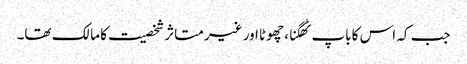
جب کہ اس کا باپ ٹھگنا، چھوٹا اور غیر متاثر شخصیت کا مالک تھا۔